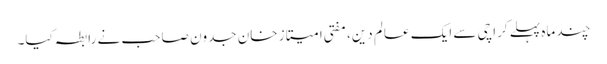
چند ماہ پہلے کراچی سے ایک عالم دین، مفتی امیتاز خان جدون صاحب نے رابطہ کیا۔